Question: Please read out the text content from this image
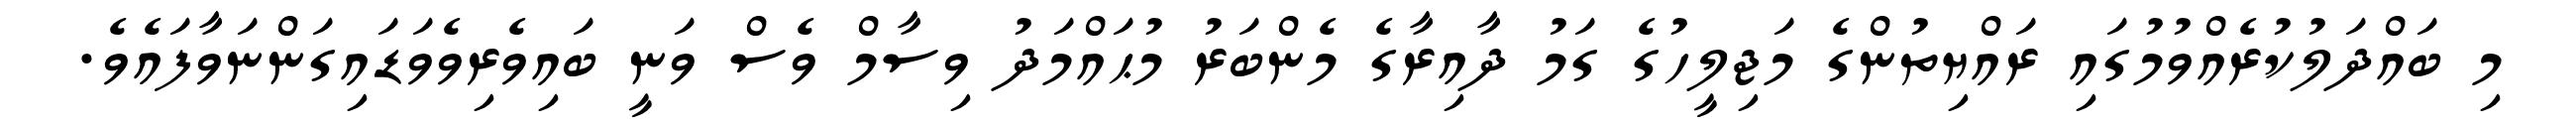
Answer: މި ބައްދަލުކުރެއްވުމުގައި ރައްޔިތުންގެ މަޖިލީހުގެ ގަމު ދާއިރާގެ މެންބަރު މުޙައްމަދު ވިސާމް ވެސް ވަނީ ބައިވެރިވެވަޑައިގަންނަވާފައެވެ.